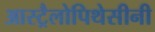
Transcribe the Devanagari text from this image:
आस्ट्रैलोपिथेसीनी